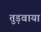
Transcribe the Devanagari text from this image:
तुड़वाया